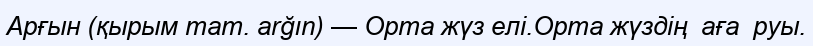
Арғын (қырым тат. arğın) — Орта жүз елі.Орта жүздің  аға  руы.